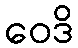
ဝေဒိ